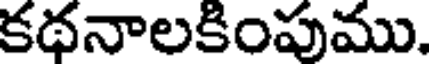
కథనాలకింపుము.